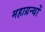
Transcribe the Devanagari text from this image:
महाग्रन्थों